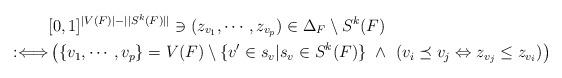
LaTeX: \begin{align*} & [0,1]^{|V(F)|-||S^k(F)||}\ni(z_{v_1},\cdots,z_{v_p})\in\Delta_F\setminus S^k(F) \\ :\Longleftrightarrow & \left(\{v_1,\cdots,v_p\}=V(F)\setminus \{v'\in s_v|s_v \in S^k(F)\}~\wedge~(v_i\preceq v_j \Leftrightarrow z_{v_j}\leq z_{v_i})\right) \end{align*}